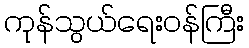
ကုန်သွယ်ရေးဝန်ကြီး